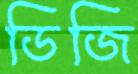
ডিজি